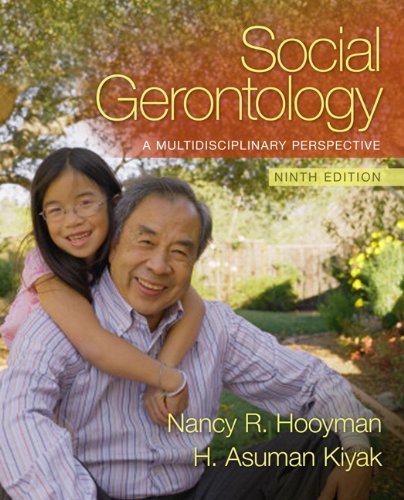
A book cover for Social Gerontology: A Multidisciplinary Perspective (9th Edition); Nancy Hooyman; Politics & Social Sciences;